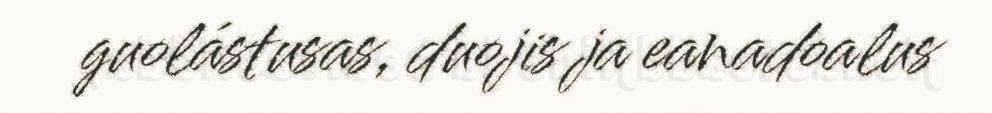
guolástusas, duojis ja eanadoalus